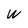
Character: W